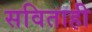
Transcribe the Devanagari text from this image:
सविताही